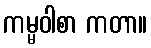
ကမ္မဝါစာ ကတာ။